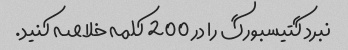
نبرد گتیسبورگ را در 200 کلمه خلاصه کنید.